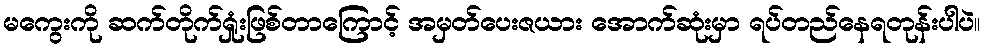
မကွေးကို ဆက်တိုက်ရှုံးဖြစ်တာကြောင့် အမှတ်ပေးဇယား အောက်ဆုံးမှာ ရပ်တည်နေရတုန်းပါပဲ။